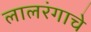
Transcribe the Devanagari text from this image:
लालरंगाचे